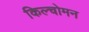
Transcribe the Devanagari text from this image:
किल्चोमन